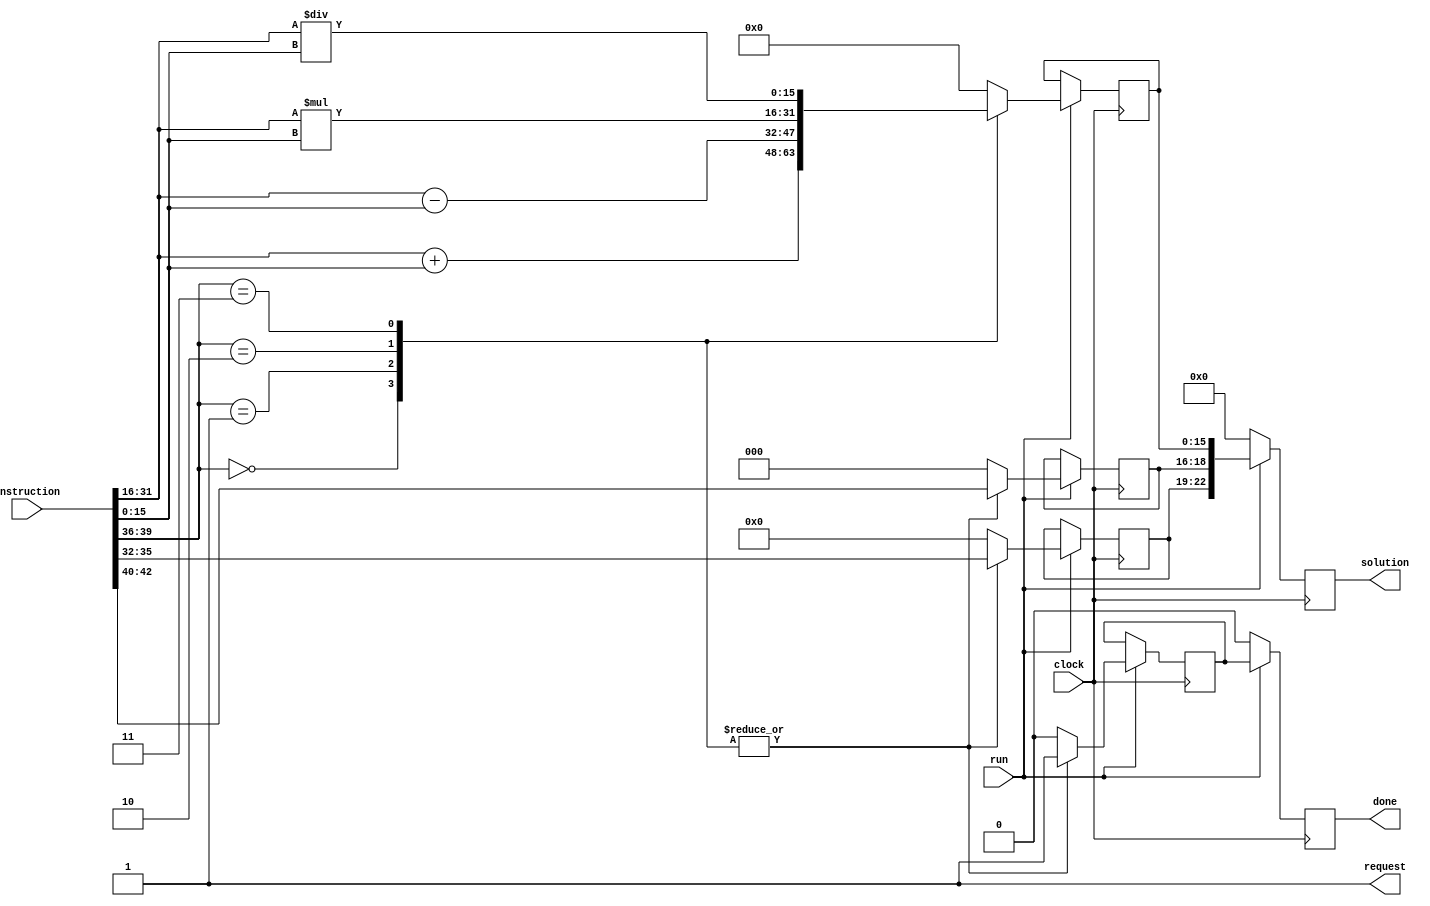



module logic_unity(clock, request, instruction, run, done, solution);

input clock;
input[42:00] instruction;
input run;

output reg request;

output reg done;
output reg [22:00]solution;

reg [15:00] cache_solution;
reg [2:0]  address_solution;
reg [3:0] reg_solution;
reg store;


initial request = 1;
initial solution = 0;

always @(posedge clock) begin

	
	
	if(run) begin
		// informa para o circuito que ha' uma solucao disponivel
		done <= store;
		// endereco: reg_destino,  linha na est. reserva, o resultado 
		solution <= {reg_solution, address_solution, cache_solution};
		
		case(instruction[39:36])
			4'b0000 : begin // SOMA
							cache_solution   <= instruction[31:16] + instruction[15:0];
							address_solution <= instruction[42:40];
							reg_solution <= instruction[35:32];
							store = 1;
						end
			4'b0001 : begin // SUBTRACAO
							cache_solution   <= instruction[31:16] - instruction[15:0];
							address_solution <= instruction[42:40];
							reg_solution <= instruction[35:32];
							store = 1;
						end
			4'b0010 : begin // MUL
							cache_solution   <= instruction[31:16] * instruction[15:0];
							address_solution <= instruction[42:40];
							reg_solution <= instruction[35:32];
							store = 1;
						end
			4'b0011 : begin // DIV
							cache_solution   <= instruction[31:16] / instruction[15:0];
							address_solution <= instruction[42:40];
							reg_solution <= instruction[35:32];
							store = 1;
						end
			default : begin 
							cache_solution <= 16'b0;
							address_solution <= 3'b000;
							reg_solution <= 4'b0000;
							store = 0;
						end
		endcase
	end
	else begin
		done = 0;
		solution =0;
	end
end

endmodule